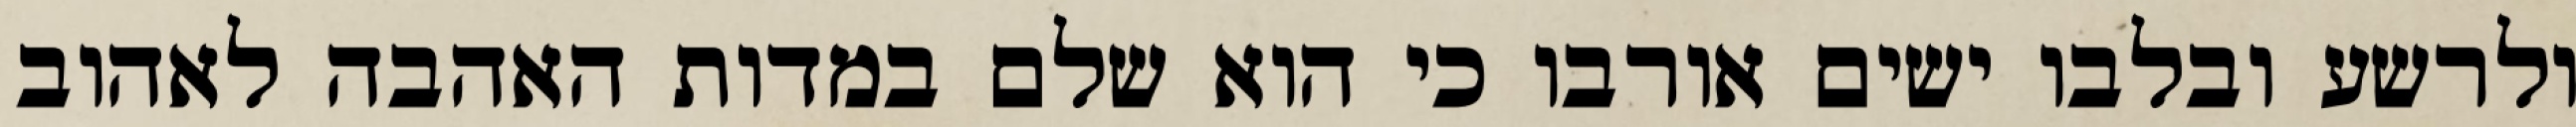
ולרשע ובלבו ישים אורבו כי הוא שלם במדות האהבה לאהוב